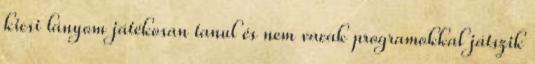
kicsi lányom játékosan tanul és nem vacak programokkal játszik